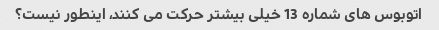
اتوبوس های شماره 13 خیلی بیشتر حرکت می کنند، اینطور نیست؟